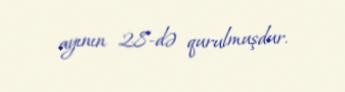
ayının 28-də qurulmuşdur.